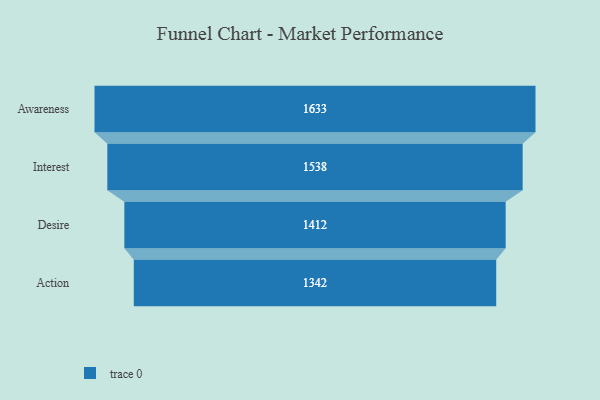
{"axis": {"x": "Stage", "y": "Value"}, "legend": [""], "data": [{"x": "Awareness", "y": 1633.0, "type": ""}, {"x": "Interest", "y": 1538.0, "type": ""}, {"x": "Desire", "y": 1412.0, "type": ""}, {"x": "Action", "y": 1342.0, "type": ""}]}